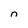
Character: n